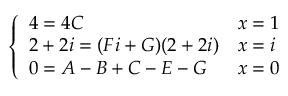
\left\{ \begin{array} { l l } { 4 = 4 C } & { x = 1 } \\ { 2 + 2 i = ( F i + G ) ( 2 + 2 i ) } & { x = i } \\ { 0 = A - B + C - E - G } & { x = 0 } \end{array} \right.